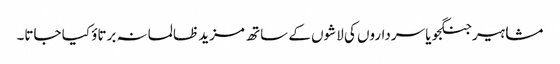
مشاہیر جنگجو یا سرداروں کی لاشوں کے ساتھ مزید ظالمانہ برتاؤ کیا جاتا۔